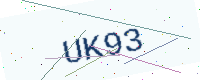
Text: UK93